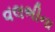
વલભીના